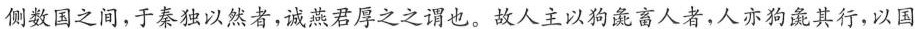
侧数国之间，于秦独以然者，诚燕君厚之之谓也。故人主以狗彘畜人者，人亦狗彘其行，以国